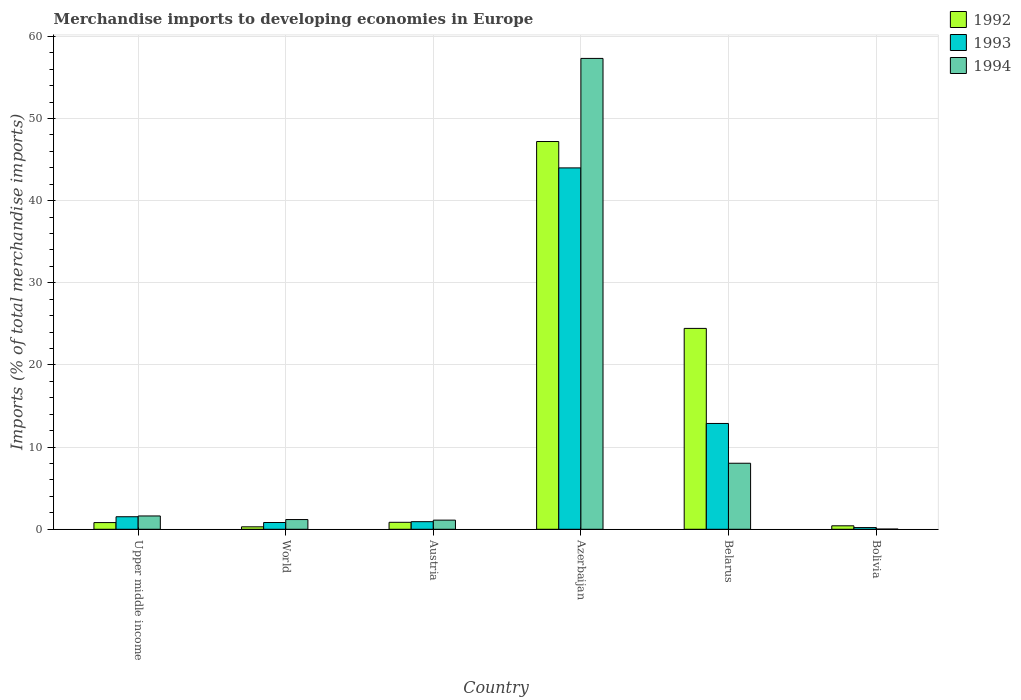
| Country | 1992 | 1993 | 1994 |
 | --- | --- | --- | --- |
 | Upper middle income | 0.815 | 1.53 | 1.62 |
 | World | 0.299 | 0.824 | 1.18 |
 | Austria | 0.848 | 0.925 | 1.11 |
 | Azerbaijan | 47.2 | 44 | 57.3 |
 | Belarus | 24.5 | 12.9 | 8.04 |
 | Bolivia | 0.423 | 0.207 | 0.0247 |